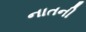
નાતની